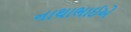
નાથાભાઈએ